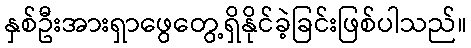
နှစ်ဦးအားရှာဖွေတွေ့ရှိနိုင်ခဲ့ခြင်းဖြစ်ပါသည်။